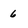
Character: 6